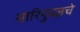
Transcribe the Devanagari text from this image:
सारिपुत्रज्ञचे